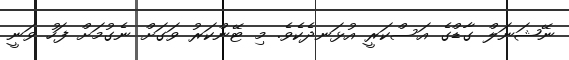
ނޭޝަނަލް ގާޑްގެ އަސްކަރީ އުޅަނދެކެވެ. މި ޓޭންކަރު ވަގަށް ނެގުމަށް ފަހު ވަނީ